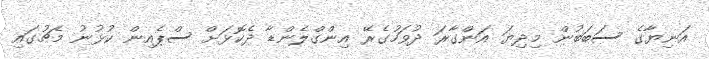
އަނިޔާގެ ސަބަބުން މިދިޔަ އަންގާރަ ދުވަހުގެރޭ އިންގްލެންޑާ ދެކޮޅަށް ސްޕެއިން ކުޅުނު މެޗުގައި